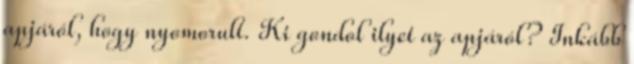
apjáról, hogy nyomorult. Ki gondol ilyet az apjáról? Inkább